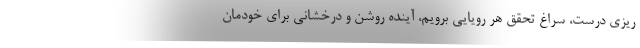
ریزی درست، سراغ تحقق هر رویایی برویم، آینده روشن و درخشانی برای خودمان